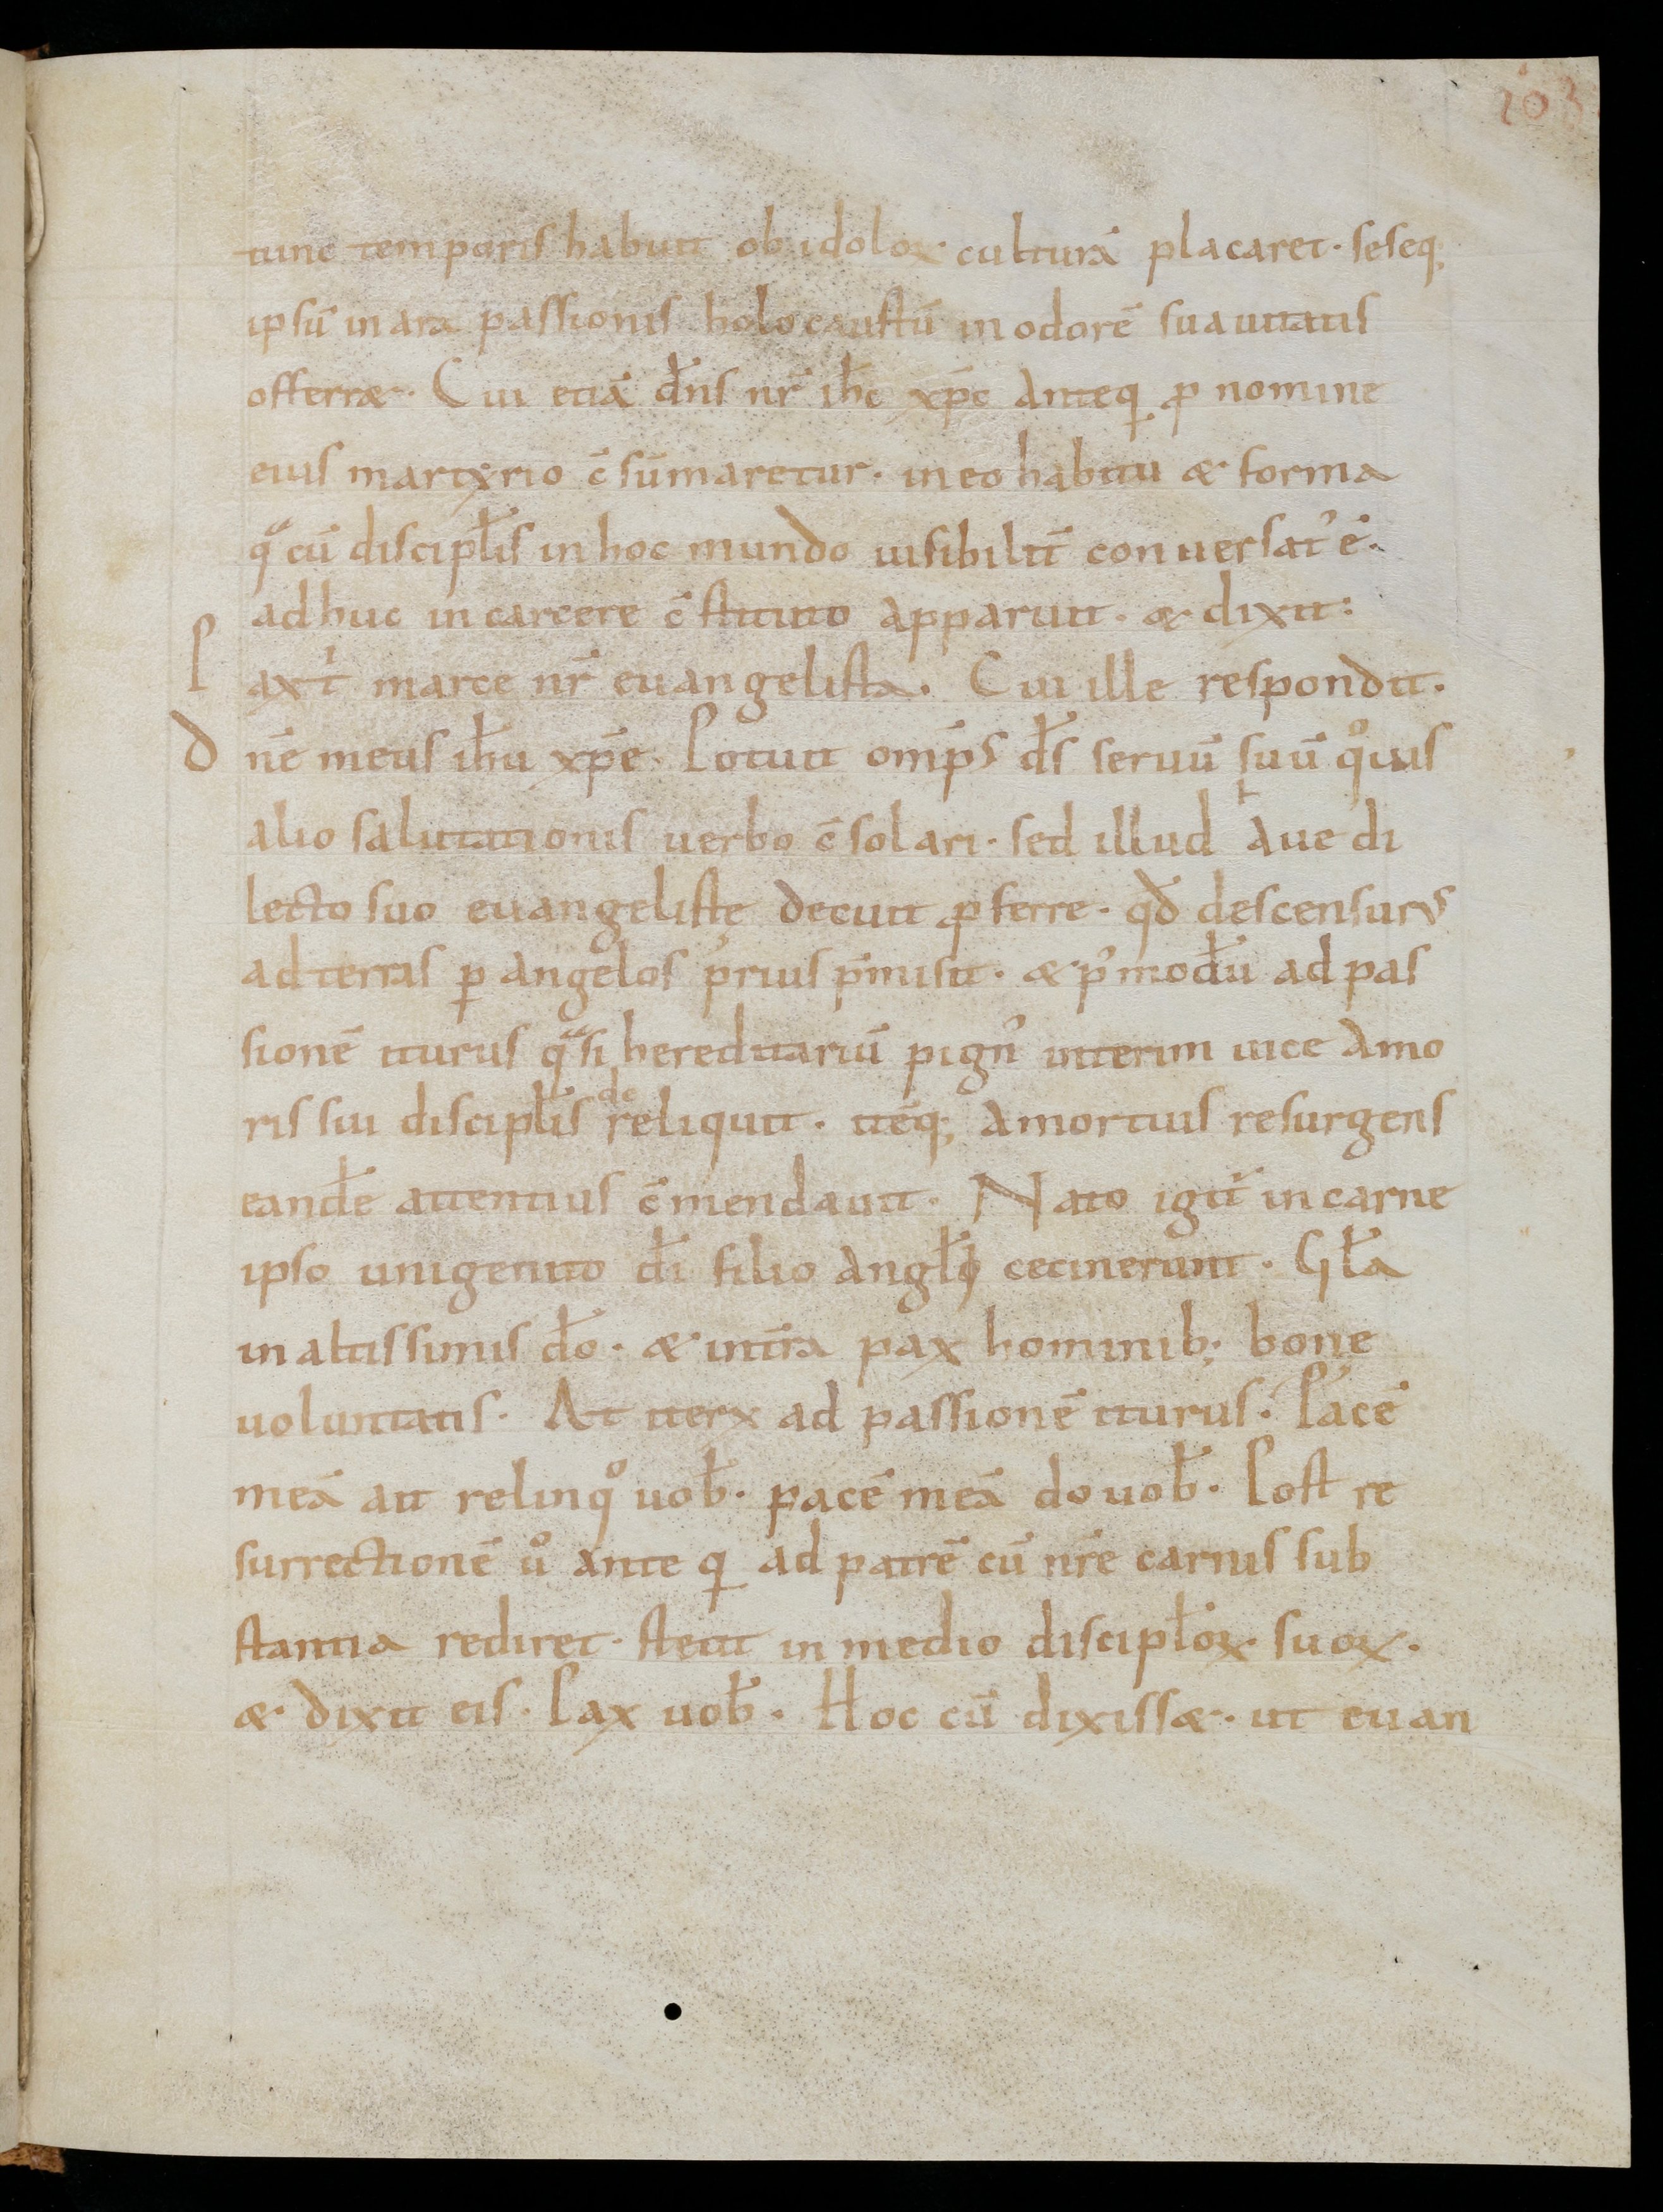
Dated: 1000–1099